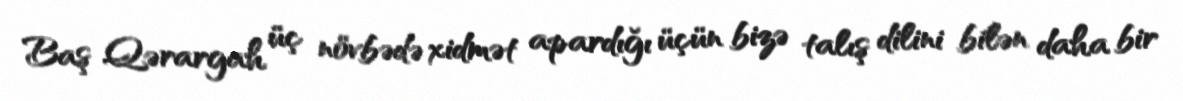
Baş Qərargah üç növbədə xidmət apardığı üçün bizə talış dilini bilən daha bir